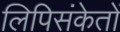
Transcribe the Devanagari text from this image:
लिपिसंकेतों